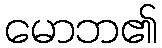
မောဘ၏